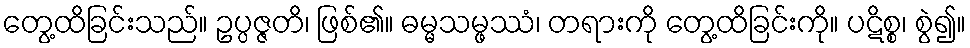
တွေ့ထိခြင်းသည်။ ဥပ္ပဇ္ဇတိ၊ ဖြစ်၏။ ဓမ္မသမ္ဖဿံ၊ တရားကို တွေ့ထိခြင်းကို။ ပဋိစ္စ၊ စွဲ၍။